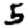
Digit: 5